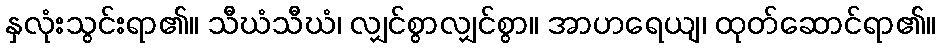
နှလုံးသွင်းရာ၏။ သီဃံသီဃံ၊ လျှင်စွာလျှင်စွာ။ အာဟရေယျ၊ ထုတ်ဆောင်ရာ၏။